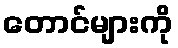
တောင်များကို